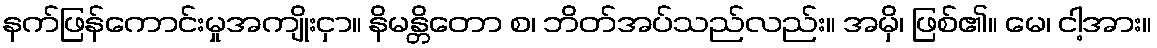
နက်ဖြန်ကောင်းမှုအကျိုးငှာ။ နိမန္တိတော စ၊ ဘိတ်အပ်သည်လည်း။ အမှိ၊ ဖြစ်၏။ မေ၊ ငါ့အား။